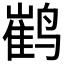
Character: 𮹙